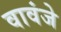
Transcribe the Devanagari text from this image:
वावंजे